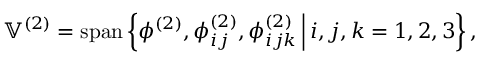
\mathbb { V } ^ { ( 2 ) } = \operatorname { s p a n } \left\{ \phi ^ { ( 2 ) } , \phi _ { i j } ^ { ( 2 ) } , \phi _ { i j k } ^ { ( 2 ) } \, \Big \vert \, i , j , k = 1 , 2 , 3 \right\} ,